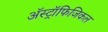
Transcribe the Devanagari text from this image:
अॅस्ट्रॉफिजिकल